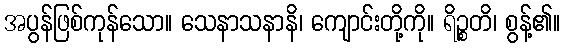
အပွန်ဖြစ်ကုန်သော။ သေနာသနာနိ၊ ကျောင်းတို့ကို။ ရိဉ္စတိ၊ စွန့်၏။